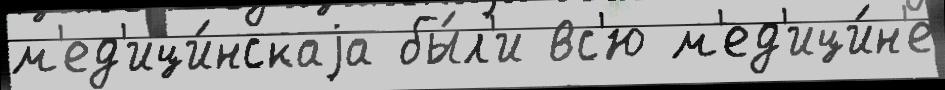
м'ед'ици́нскаjа бы́л'и вс'ю м'ед'ици́н'е